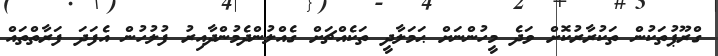
ގްރޫޕުތަކުން ތަކުރާރުކޮށް ވަދެ މީހުންނަށް ޙަމަލާދީ ތަކެއްޗަށް ގެއްލުންދެމުންދާއިރު ފުލުހުން އެފަދަ ފަރާތްތައް